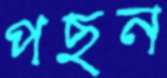
পছন